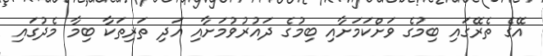
އޭގެ ތެރޭގައި ބިމުގެ ވަށްކަމަށާއި ބިމުގެ ދައުރުވުމަށާއި އަދި ތަރިތަކާ ބިމާ މެދުގައި